Statistics of inoculations with Haffkine's anti-plague vaccine 1897-1900
Year: 1897
Disease focus: Plague
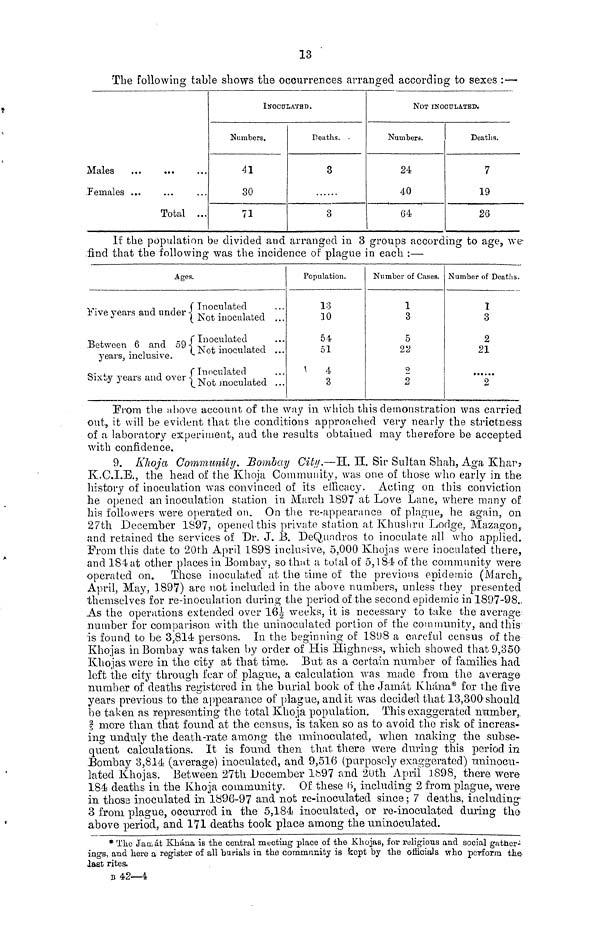
13
The following table shows the occurrences arranged according to sexes : —
Males
Females ...
Total ...
INOCU
Numbers.
41
30
71
LATBD.
Deaths. .
3
3
NOT INO
Numbers.
24
40
64
CUIATED.
Deaths.
7
19
26
It the population be divided and arranged in 3 groups according to age, we
find that the following was the incidence of plague in each :—
Ages.
(Inoculated
Five years and under -} ( Not inoculated ...
Between 6 and 59 ( Inoculated
Between 6 and 59 ( Not inoculate ...
(Not
inoculated . . .
years, inclusive.
·
( Inoculated
Sixty years and over (Not moculated ...
Population.
13
10
54
51
4
3
Number of Cases.
1
3
5
22
2
2
Number of Deaths.
I
3
2
21
2
From the above account of the way in which this demonstration was carried
out, it will be evident that the conditions approached very nearly the strictness
of a laboratory experiment, and the results obtained may therefore be accepted
with confidence.
9. Khoja Community. Bombay City.—H. H. Sir Sultan Shah, Aga Khar,
K.C.I.E., the head of the Khoja Community, was one of those who early in the
history of inoculation was convinced of its efficacy. Acting on this conviction
he opened an inoculation station in March 1897 at Love Lane, where many of
his followers were operated on. On the re-appearance of plague, he again, on
27th December 1897, opened this private station at Khushru Lodge, Mazagon,
and retained the services of Dr. J. B. DeQundros to inoculate all who applied.
From this date to 20th April 1893 inclusive, 5,000 Khojas were inoculated there,
and 184 at other places in Bombay, so that a total of 5,184 of the community were
operated on. Those inoculated at the time of the previous epidemic (March,
April, May, 1897) are nob included in the above numbers, unless they presented
themselves for re-inoculation during the period of the second epidemic in 1897-98.
As the operations extended over 161/2 weeks, it is necessary to take the average-
number for comparison with the uninoculated portion of the community, and this
is found to be 3,814 persons. In the beginning of 1898 a careful census of the
Khojas in Bombay was taken by order of His Highness, which showed that 9,350
Khojas were in the city at that time. But as a certain number of families had
left the city through fear of plague, a calculation was made from the average
number of deaths registered in the burial book of the Jamát Khána for the five
years previous to the appearance of plague, and it was decided that 13,300 should
be taken as representing the total Khoja population. This exaggerated number,
§ more than that found at the census, is taken so as to avoid the risk of increas-
ing unduly the death-rate among the uninoculated, when making the subse-
quent calculations. It is found then that there were during this period in
Bombay 3,814 (average) inoculated, and 9,516 (purposely exaggerated) uninocn-
latcd Khojas. Between 27th December 1897 and 20th April 1898, there were
184 deaths in the Khoja community. Of these 6, including 2 from plague, were
in those inoculated in 1896-97 and not re-inoculated since ; 7 deaths, including
3 from plague, occurred in the 5,184 inoculated, or re-inoculated during the
above period, and 171 deaths took place among the uninoculated.
* The Jan át Khána is the central meeting place of the .Khojas, for religious and social gather-
ings, and here a register of all burials in the comrrmiùty is kept by the officials who perform the
last rites.
B 42—4